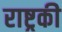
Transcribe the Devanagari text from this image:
राष्ट्रकी